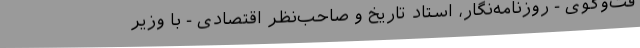
فت‌و‌گوی - روزنامه‌نگار، استاد تاریخ و صاحب‌نظر اقتصادی - با وزیر